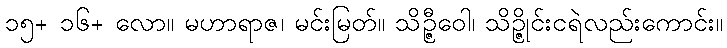
၁၅+ ၁၆+ လော။ မဟာရာဇ၊ မင်းမြတ်။ သိဉ္ဇီဝေါ၊ သိဉ္ဇိုင်းငရဲလည်းကောင်း။